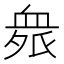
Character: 𲀘